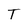
Character: T